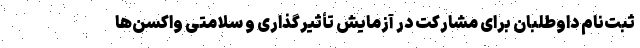
ثبت‌نام داوطلبان برای مشارکت در آزمایش تأثیرگذاری و سلامتی واکسن‌ها